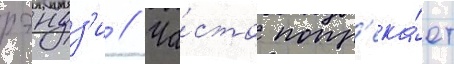
рэндз'и // Ча́сто попр'ека́ет